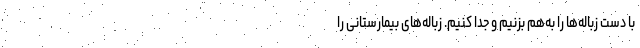
با دست زباله‌ها را به‌هم بزنیم و جدا کنیم. زباله‌های بیمارستانی را